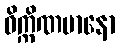
ဝိက္ကိဏမာနော